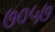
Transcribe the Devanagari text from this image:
७०५७